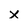
Character: x